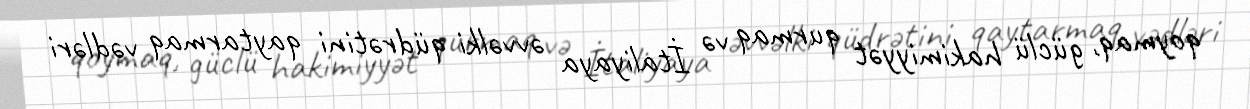
qoymaq, güclü hakimiyyət qurmaq və İtaliyaya əvvəlki qüdrətini qaytarmaq vədləri